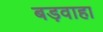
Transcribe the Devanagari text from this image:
बड़वाहा